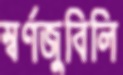
স্বর্ণজুবিলি